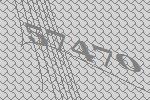
57470